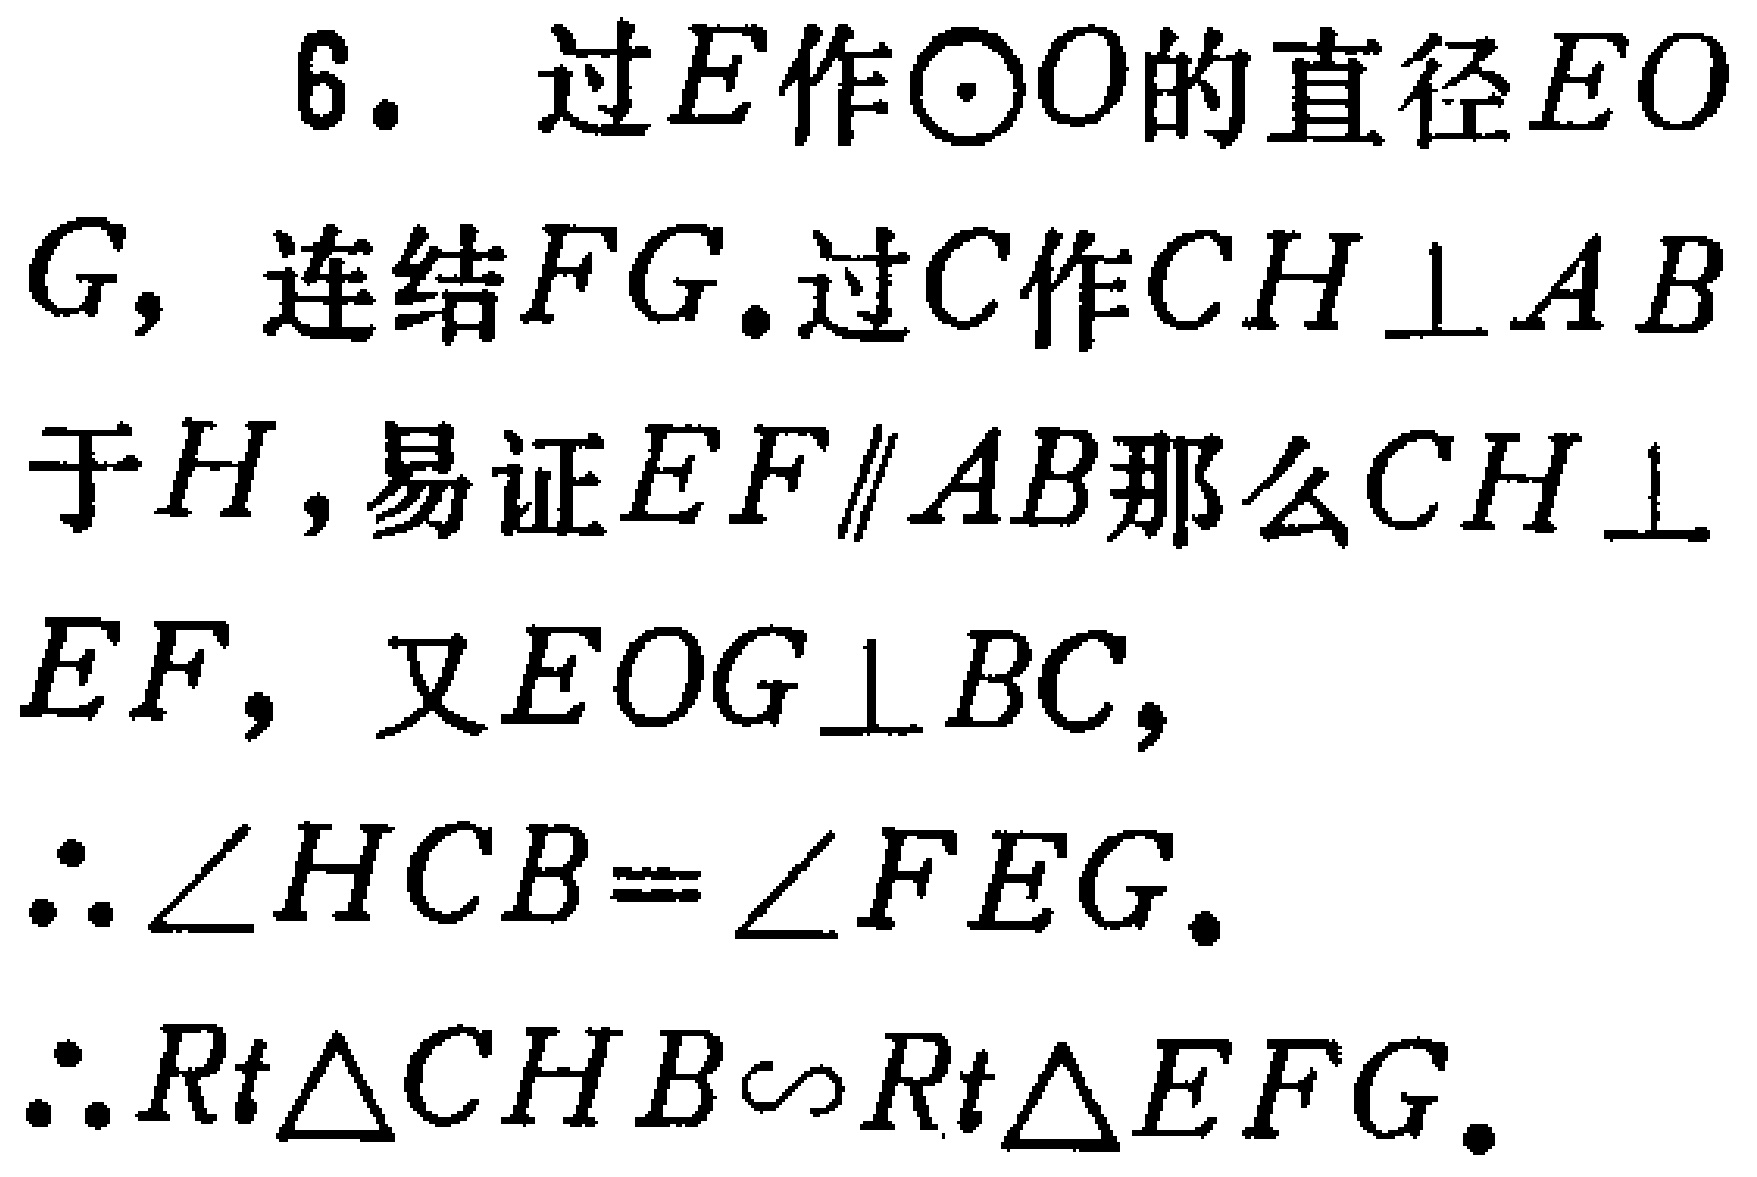
6. 过\(E\)作\(\odot O\)的直径\(EOG\)，连结\(FG\)。过\(C\)作\(CH \perp AB\)于\(H\)，易证\(EF \parallel AB\)那么\(CH \perp EF\)，又\(EOG \perp BC\)，

\(\therefore \angle HCB = \angle FEG\)。

\(\therefore Rt\triangle CHB \sim Rt\triangle EFG\)。